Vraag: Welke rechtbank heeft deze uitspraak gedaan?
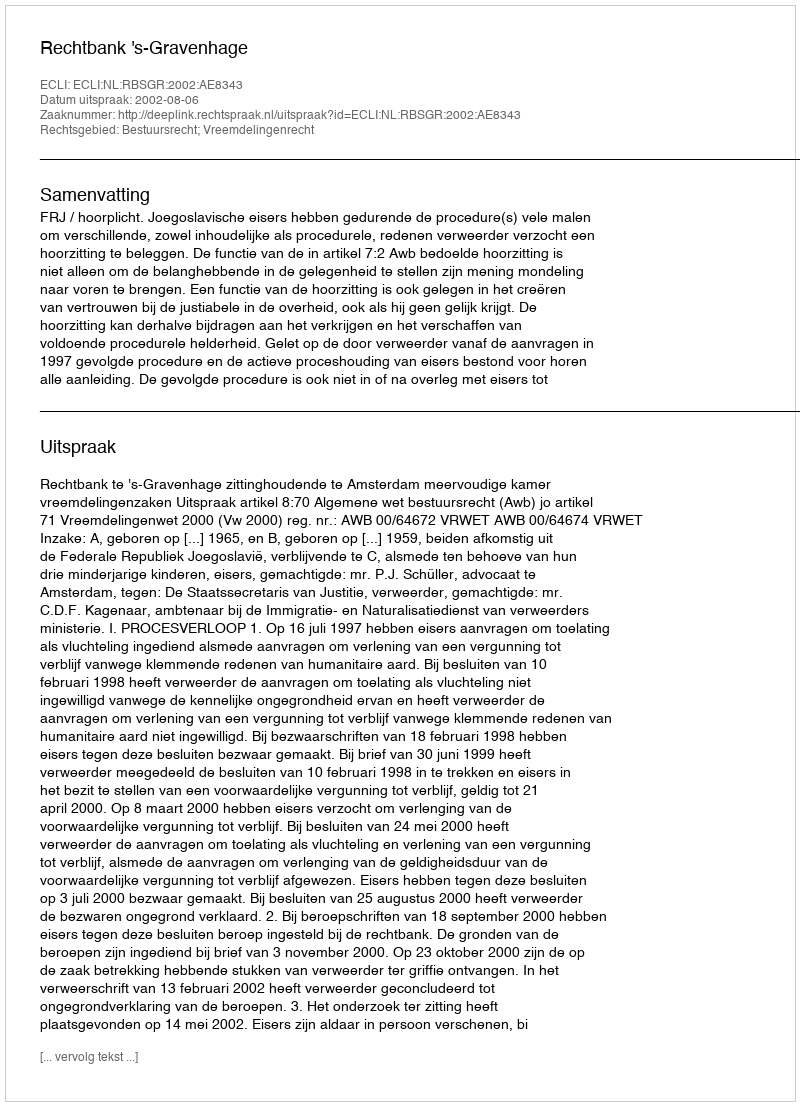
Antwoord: Rechtbank 's-Gravenhage